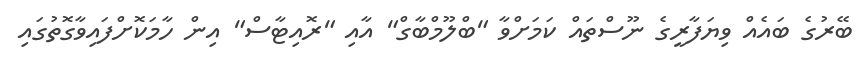
ބޭރުގެ ބައެއް ވިޔަފާރީގެ ނޫސްތައް ކަމަށްވާ "ބްލޫމްބާގް" އާއި "ރޮއިޓާސް" އިން ހާމަކޮށްފައިވާގޮތުގައި